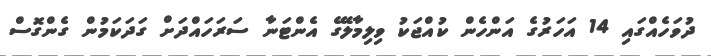
ދުވަހެއްގައި 14 އަހަރުގެ އަންހެން ކުއްޖަކު ވިލިމާލޭގެ އެންޓަނާ ސަރަހައްދަށް ގަދަކަމުން ގެންގޮސް